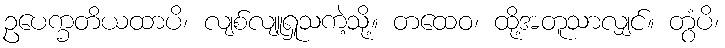
ဥပေက္ခတိယထာပိ၊ လျစ်လျူရှုသကဲ့သို့။ တထေဝ၊ ထို့အတူသာလျှင်။ တွံပိ၊